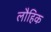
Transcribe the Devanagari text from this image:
लौहिक